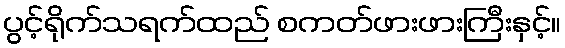
ပွင့်ရိုက်သရက်ထည် စကတ်ဖားဖားကြီးနှင့်။